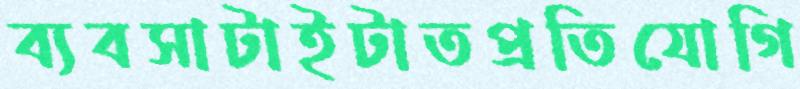
ব্যবসাটাইটাতপ্রতিযোগি